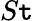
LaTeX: S\mathtt{t}